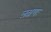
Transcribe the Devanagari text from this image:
लक्षणः